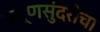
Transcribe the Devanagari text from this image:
कर्णसुंदरीचा